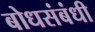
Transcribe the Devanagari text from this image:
बोधसंबंधी